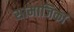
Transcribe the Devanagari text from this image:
सामाजिका